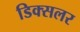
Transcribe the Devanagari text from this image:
डिक्सलर